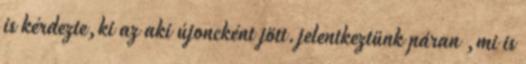
is kérdezte,ki az aki újoncként jött.jelentkeztünk páran ,mi is